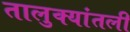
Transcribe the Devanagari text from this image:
तालुक्यांतली